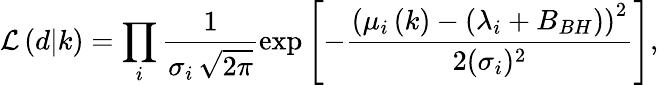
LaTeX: \mathcal{L}\left(d\vert k\right)=\prod_{i}\frac{1}{\sigma_{i}\, \sqrt{2\pi}}\exp\left[-\frac{\left(\mu_{i}\left(k\right)-\left(\lambda_{i}+B_{BH}\right)\right)^{2}}{2(\sigma_{i})^{2}}\right],